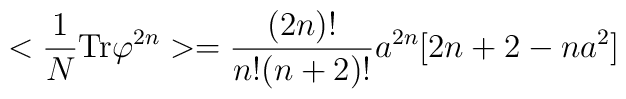
< {1\over{N}} {\rm Tr}\varphi^{2n} > = {(2n)!\over{n! (n+2)!}} a^{2n} [     2 n + 2 - n a^{2}]